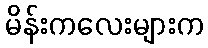
မိန်းကလေးများက